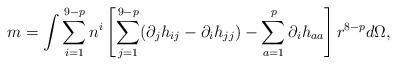
\begin{align*}m = \int \sum_{i=1}^{9-p} n^i\left[\sum_{j=1}^{9-p} (\partial_j h_{i j} - \partial_i h_{j j} ) - \sum_{a=1}^p \partial_i h_{aa} \right] r^{8 - p} d\Omega,\end{align*}